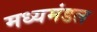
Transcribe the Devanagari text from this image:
मध्यमंडल